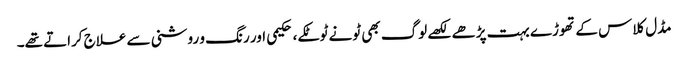
مڈل کلاس کے تھوڑے بہت پڑھے لکھے لوگ بھی ٹونے ٹوٹکے، حکیمی اور رنگ و روشنی سے علاج کراتے تھے۔